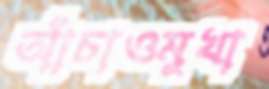
আঁচাওমুখা